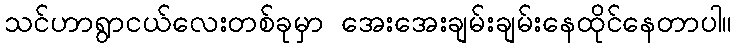
သင်ဟာရွာငယ်လေးတစ်ခုမှာ အေးအေးချမ်းချမ်းနေထိုင်နေတာပါ။